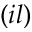
( i l )